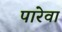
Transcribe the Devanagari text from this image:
पारेवा